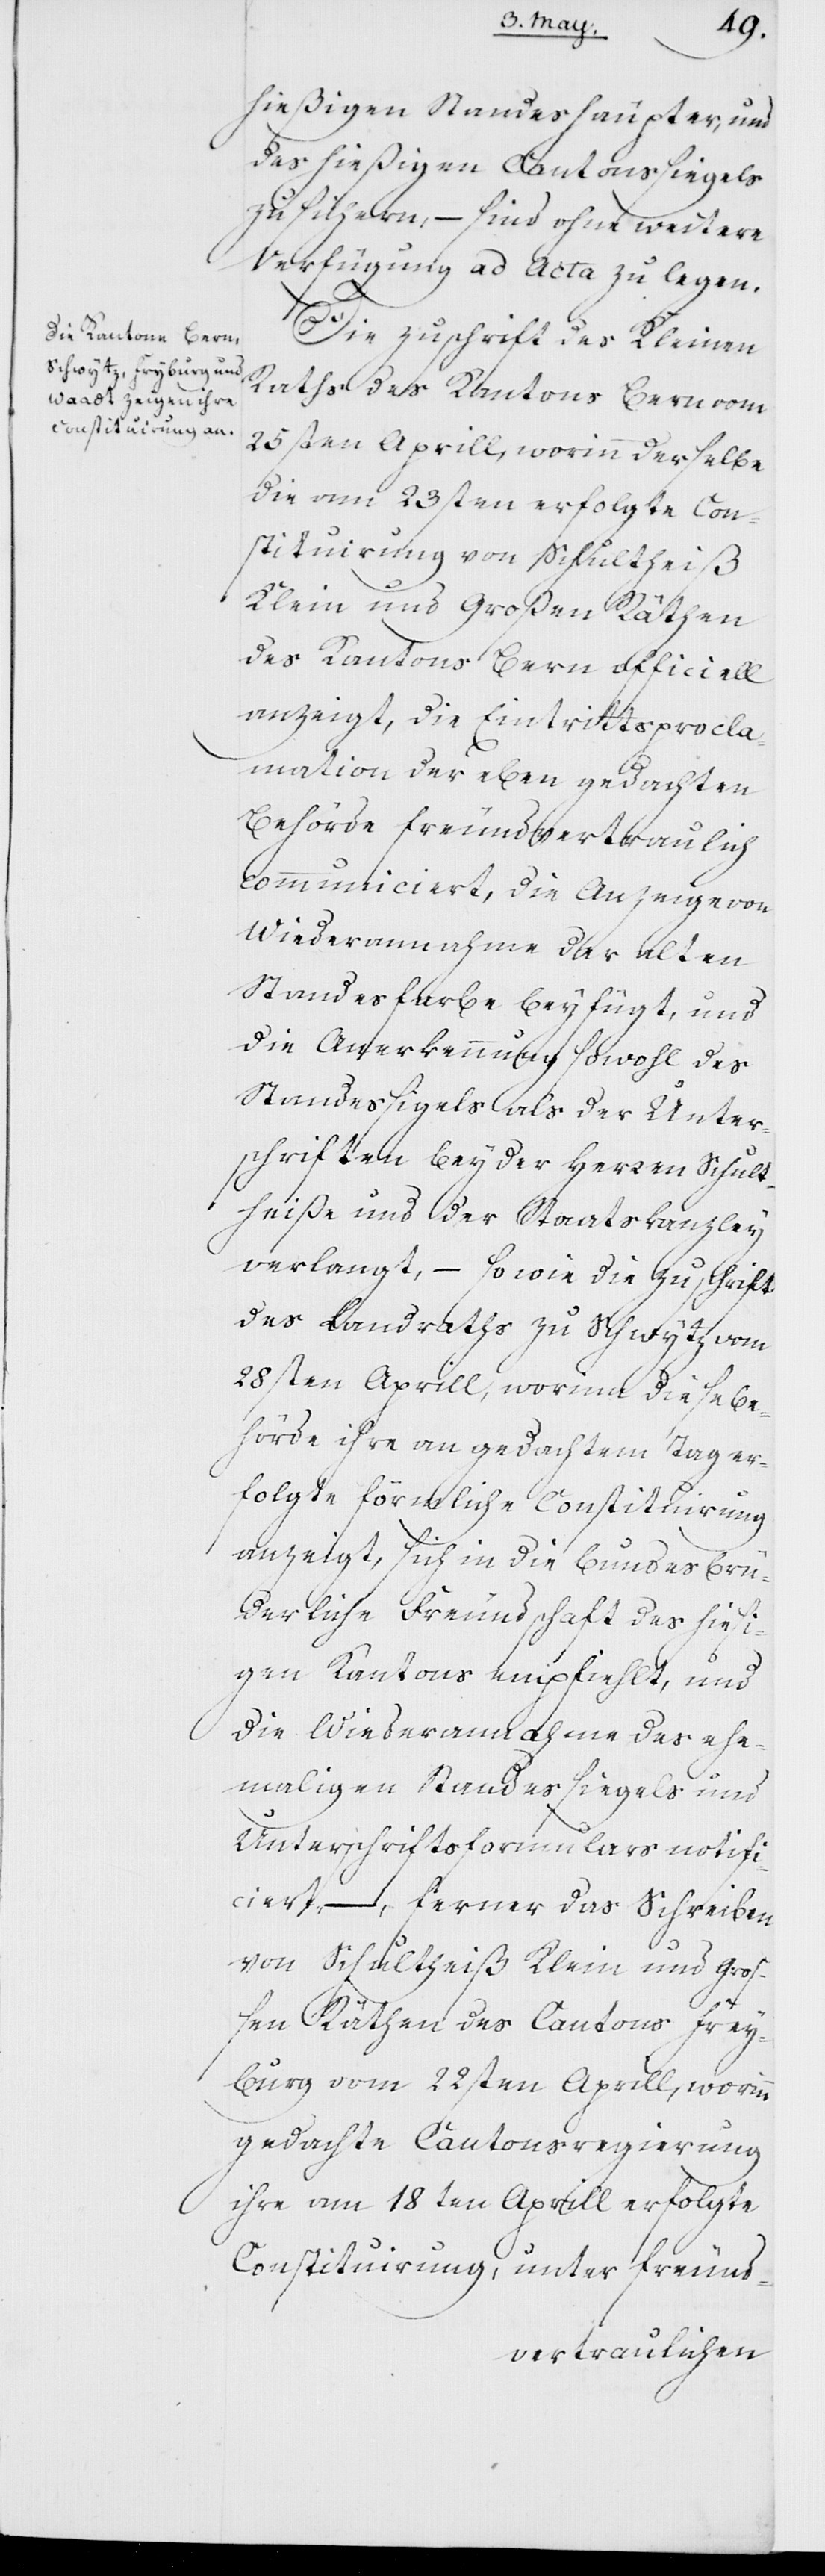
hießigen Standeshäupter, und
des hießigen Cantonssiegels
zusichern, sind ohne weitere
Verfügung ad Acta zu legen.
Die Zuschrift des Kleinen
Raths des Kantons Bern vom
25sten Aprill, worinn derselbe
die am 23sten erfolgte Con¬
stituirung von Schultheiß
Klein und Großen Räthen
des Kantons Bern officiell
anzeigt, die Eintrittsprocla¬
mation der eben gedachten
Behörde freundvertraulich
communiciert, die Anzeige von
Wiederannahme der alten
Standesfarbe beyfügt und
die Anerkennung sowohl des
Standessigels als der Unter¬
schriften beyder Herren Schult¬
heiße und der Staatskanzley
verlangt, – sowie die Zuschrift
des Landraths zu Schwytz vom
28sten Aprill, worinn diese Be¬
hörde ihre an gedachtem Tage er¬
folgte förmliche Constituirung
anzeigt, sich in die bundesbrü¬
derliche Freundschaft des hiesi¬
gen Kantons empfiehlt, und
die Wiederannahme des ehe¬
maligen Standessiegels und
Unterschriftsformulars notifi¬
ciert, – ferner das Schreiben
von Schultheiß Klein und Groß¬
en Räthen des Kantons Frey¬
burg vom 22sten Aprill, worinn
gedachte Kantonsregierung
ihre am 18ten Aprill erfolgte
Constituirung, unter freund-